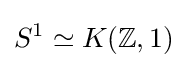
S^{1}\simeq K(\mathbb {Z} ,1)